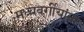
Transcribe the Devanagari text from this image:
मध्यवर्गीयांना